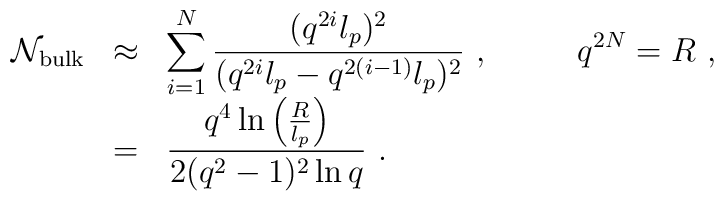
\begin{array}{rcl}{\cal N}_{\rm bulk}&\approx&\displaystyle\sum_{i=1}^N\frac{(q^{2i}l_p)^2}{(q^{2i}l_p-q^{2(i-1)}l_p)^2}~,~~~~~~~~q^{2N}=R~,\\&=&\displaystyle\frac{q^4\ln\left(\frac{R}{l_p}\right)}{2(q^2-1)^2\ln q}~.\end{array}